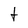
Character: t